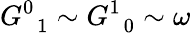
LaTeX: G_{\, \, \, 1}^{0}\sim G_{\, \, \, 0}^{1}\sim\omega